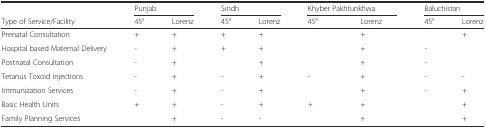
<table><thead><tr><td></td><td colspan="2"><b>Punjab</b></td><td colspan="2"><b>Sindh</b></td><td colspan="2"><b>Khyber Pakhtunkhwa</b></td><td colspan="2"><b>Baluchistan</b></td></tr><tr><td><b>Type of Service/Facility</b></td><td><b>45°</b></td><td><b>Lorenz</b></td><td><b>45°</b></td><td><b>Lorenz</b></td><td><b>45°</b></td><td><b>Lorenz</b></td><td><b>45°</b></td><td><b>Lorenz</b></td></tr></thead><tbody><tr><td>Prenatal Consultation</td><td>+</td><td>+</td><td>+</td><td>+</td><td></td><td>+</td><td></td><td>+</td></tr><tr><td>Hospital based Maternal Delivery</td><td>-</td><td>+</td><td>+</td><td>+</td><td></td><td>+</td><td>-</td><td></td></tr><tr><td>Postnatal Consultation</td><td>-</td><td>+</td><td></td><td>+</td><td></td><td>+</td><td>-</td><td></td></tr><tr><td>Tetanus Toxoid injections</td><td>-</td><td>+</td><td>-</td><td>+</td><td>-</td><td>+</td><td>-</td><td>-</td></tr><tr><td>Immunization Services</td><td>-</td><td>+</td><td>-</td><td>+</td><td></td><td>+</td><td>-</td><td>+</td></tr><tr><td>Basic Health Units</td><td>+</td><td>+</td><td>-</td><td>+</td><td>+</td><td>+</td><td></td><td>+</td></tr><tr><td>Family Planning Services</td><td></td><td>+</td><td>-</td><td>-</td><td></td><td>+</td><td></td><td>+</td></tr></tbody></table>